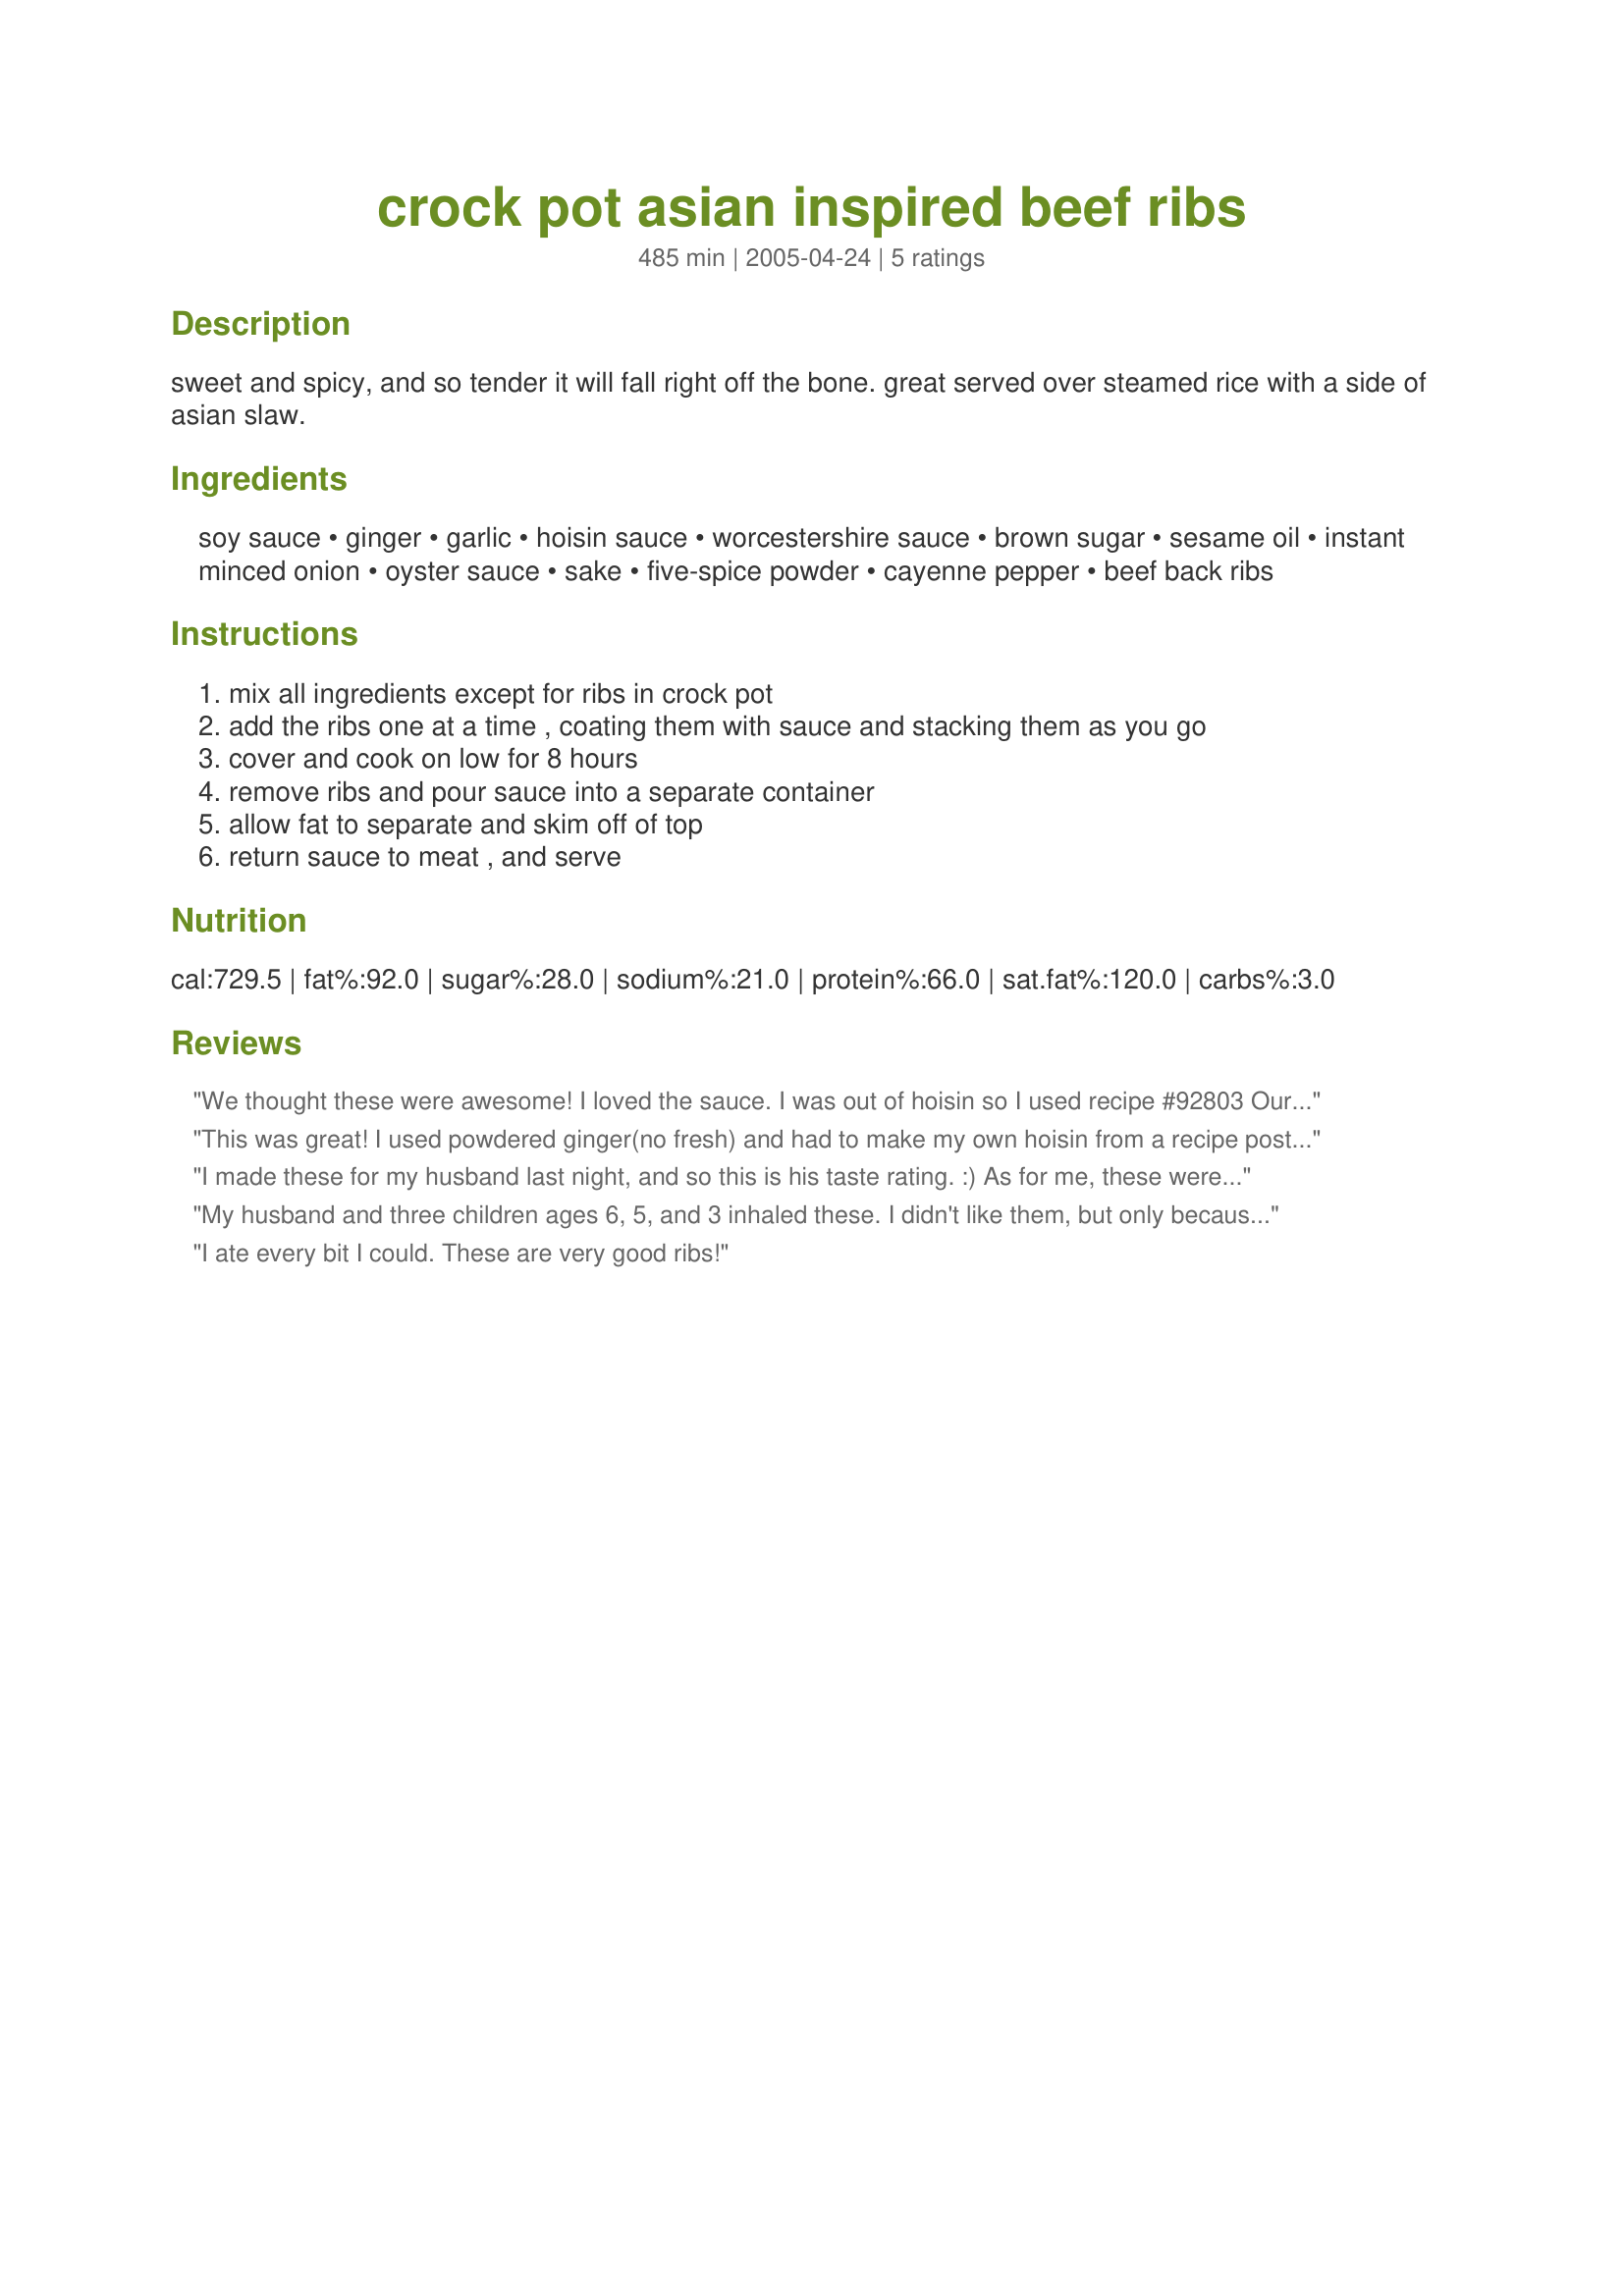
crock pot asian inspired beef ribs
Preparation time: 485 minutes

sweet and spicy, and so tender it will fall right off the bone. great served over steamed rice with a side of asian slaw.

Ingredients:
soy sauce, ginger, garlic, hoisin sauce, worcestershire sauce, brown sugar, sesame oil, instant minced onion, oyster sauce, sake, five-spice powder, cayenne pepper, beef back ribs

Steps:
mix all ingredients except for ribs in crock pot, add the ribs one at a time , coating them with sauce and stacking them as you go, cover and cook on low for 8 hours, remove ribs and pour sauce into a separate container, allow fat to separate and skim off of top, return sauce to meat , and serve

Reviews:
We thought these were awesome! I loved the sauce. I was out of hoisin so I used recipe #92803 Our 5 year old chowed down on these ribs! I've never seen anything like it! I loved the idea of adding sake to the crock pot. Thanks littleturtle for a wonderful dinner that our guests and family thoroughly enjoyed!
This was great! I used powdered ginger(no fresh) and had to make my own hoisin from a recipe posted here on zaar. I didn't have sake so I used white wine. Other than those few changes, did everything else as written. Next time, I'll use the fresh ginger. Thanks for sharing this.
I made these for my husband last night, and so this is his taste rating. :) As for me, these were very easy to prepare. The hardest thing was draining off the sauce to separate it, but that wasn't *that* difficult (just a little clumsy for me) and it is definitely something you should do since a lot of fat cooks off. After I separated it, I whisked in some flour to thicken the sauce a little. Otherwise I made this as written. They were definitely very tender! I served this with soba noodles and steamed veggies (broccoli, sugar snap peas, carrots). Thank you.
My husband and three children ages 6, 5, and 3 inhaled these. I didn't like them, but only because the texture of the ribs themselves (I'd never had beef ribs before). I will definitely keep this recipe around for days that mom's going out at night and dad has to feed the kids himself! Thanks little!
I ate every bit I could. These are very good ribs!
